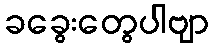
ခခွေးတွေပါဗျာ